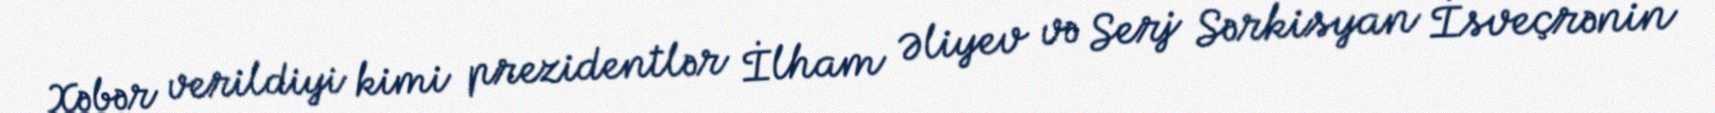
Xəbər verildiyi kimi prezidentlər İlham Əliyev və Serj Sərkisyan İsveçrənin